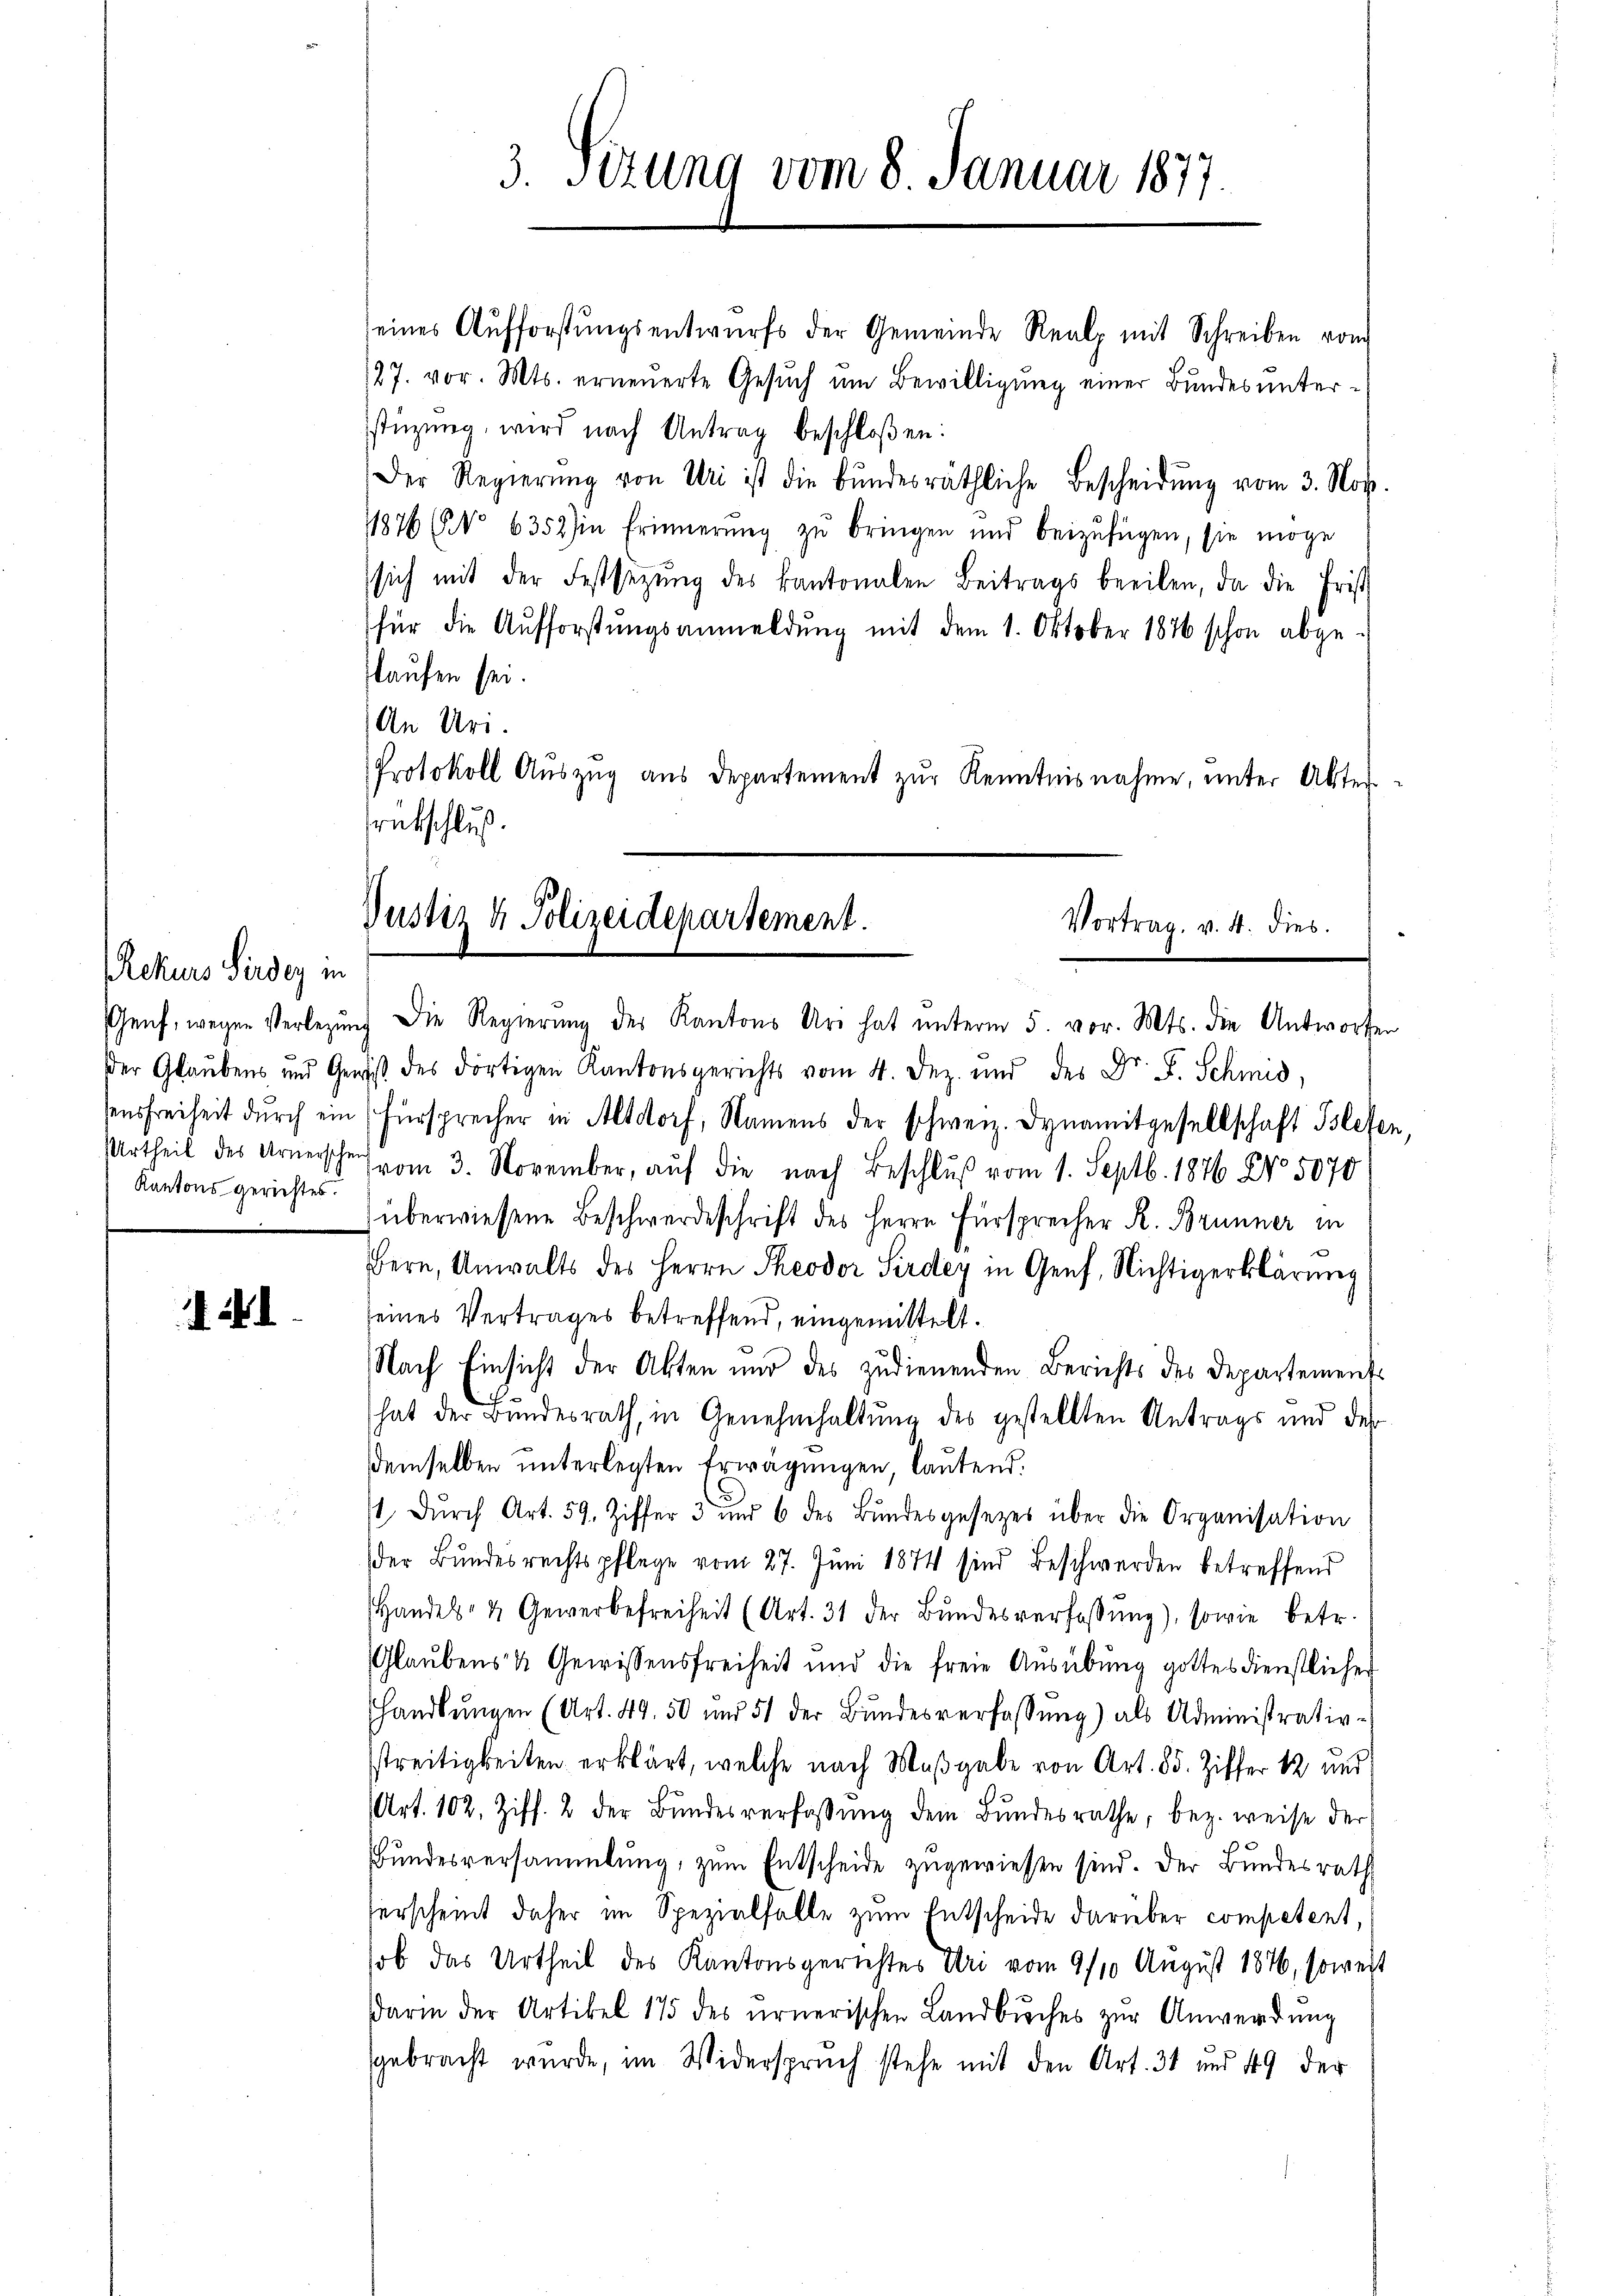
Rekurs Pirdey in
Genf, wegen Verlegen
Der Glaubens und Gen
sensfreiheit durch ein
Urtheil des Arnerschei
Kantons gerichtes.

3. Sizung vom 8. Januar 1877.

eines Aufforstŭngsentwurfs der Gemeinde Realp mit Schreiben vom
127. vor. Mts. erneuerte Gesuch um Bewilligung einer Bundes unterstüzung, wird nach Antrag beschloßen:
Der Regierŭng von Uri ist die Bŭndesräthliche Bescheidŭng vom 3. Nov.
1876 (No 6352) in Erinnerung zŭ bringen und beizufügen, sie möge
sich mit der Festsezŭng des Kantonalen Beitrags beeilen, da die Frist
für die Aufforstŭngsanmeldŭng mit dem 1. Oktober 1876 schon abge-
slaufen sei.
An Uri.
Protokoll Auszug aus Departement zur Kenntnisnahme, unter Alterrakschluß.

Justiz & Polizeidepartement.
Vortrag. v. 4. dies

. Die Regierŭng des Kantons Uri hat ŭnterm 5. vor. Mts. die Antworfen
ist des dortigen Kantonsgerichts vom 4. Dez. und des Dr. F. Schmid,
fürsprecher in Altdorf, Namens der schweiz. Dynamitgesellschaft Islesen.
(vom 3. November, auf die nach Beschluß vom 1. Septb. 1876 No 5070
überwiesene Beschwerdeschrift des Herrn Fürsprecher R. Brunner in
x
Bern, Anwalts des Herrn Theodor Sirdey in Genf, Nichtigerklärung
seines Vertrages betreffend, eingemittelt.
Nach Einsicht der Akten und des zudienenden Berichts des Departements
hat der Bundesrath, in Genehmhaltung des gestellten Antrags und der
demselben unterlegten Erwägungen lautend.
t dŭrch Art. 59. Ziffer 3 und 6 des Bŭndesgesetzes über die Organisation
der Bundesrechtspflege vom 27. Juni 1874 sind Beschwerden betreffend
Handels- & Gewerbefreiheit (Art. 31 der Bŭndesverfassung), sowie betr.
Glaubens & Gewissensfreiheit und die freie Aŭsübŭng gottesdienstlicher
shandlŭngen (Art. 49. 50 und 51 der Bŭndesverfassŭng) als Administrativ-
streitigkeiten erklärt, welche nach Maßgabe von Art. 85. Ziffer 12 und
Art. 102. Ziff. 2 der Bundesverfassung dem Bundesrathe, bez. weise der
Bundesversammlung, zum Entscheide zugewiesen sind. Der Bundesrath
serscheint daher im Spezialfalle zum Entscheide darüber competent,
ob das Urtheil des Kantonsgerichtes Uri vom 9/10 August 1876, soweit
darin der Artikel 175 des urnerischen Landbuches zur Anwendung
sgebracht wurde, im Widerspruch stehe mit den Art. 31 und 49 der